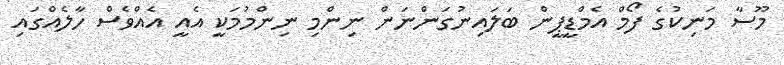
މޫސާ މަނިކުގެ ފޯމް އެމްޑީޕީން ބަލައިނުގަންނަން ނިންމި ނިންމުމަކީ އެއީ އެއްވެސް ހާލެއްގައި